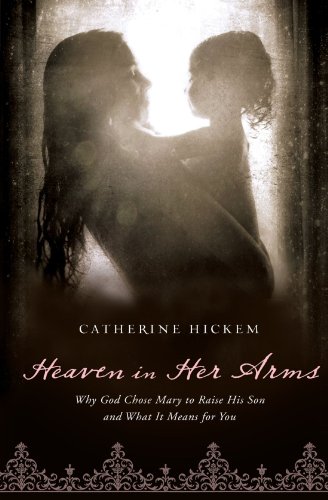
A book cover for Heaven in Her Arms: Why God Chose Mary to Raise His Son and What It Means for You; Catherine Hickem; Christian Books & Bibles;